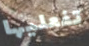
تفعليها